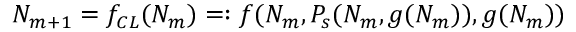
\begin{array} { r } { N _ { m + 1 } = f _ { C L } ( N _ { m } ) = : f ( N _ { m } , P _ { s } ( N _ { m } , g ( N _ { m } ) ) , g ( N _ { m } ) ) } \end{array}